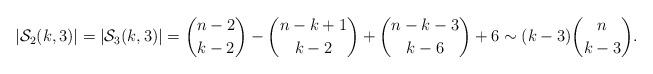
LaTeX: \begin{align*}|\mathcal S_2(k,3)|=|\mathcal S_3(k,3)|&=\binom{n-2}{k-2}-\binom{n-k+1}{k-2}+\binom{n-k-3}{k-6}+6\sim(k-3)\binom{n}{k-3}.\end{align*}